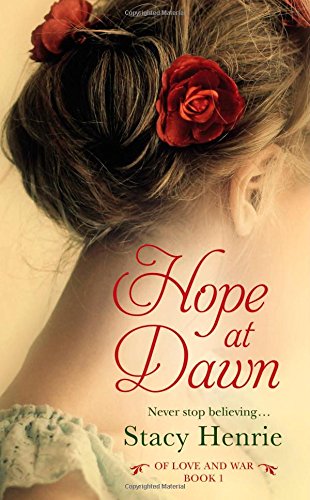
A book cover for Hope at Dawn (Of Love and War); Stacy Henrie; Religion & Spirituality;